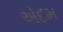
એદમ